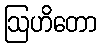
ဩဟိတော